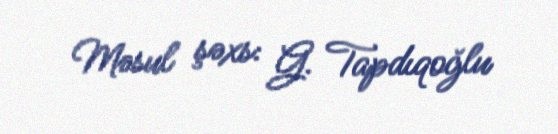
Məsul şəxs: G. Tapdıqoğlu